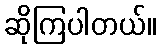
ဆိုကြပါတယ်။